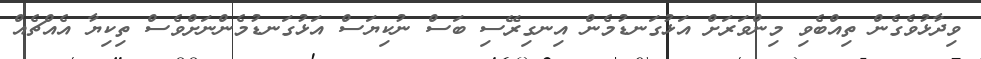
ވިދާޅުވެގެން ތިއްބެވި މިންވަރަށް އަޅުގަނޑުމެން އިނގިރޭސި ބަސް ނުކިޔަސް އަޅުގަނޑުމެންނަށްވެސް ތިކިޔާ އެއްޗެއް